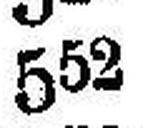
552